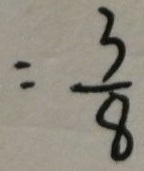
= \frac { 3 } { 8 }